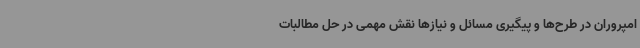
امپروران در طرح‌ها و پیگیری مسائل و نیازها نقش مهمی در حل مطالبات